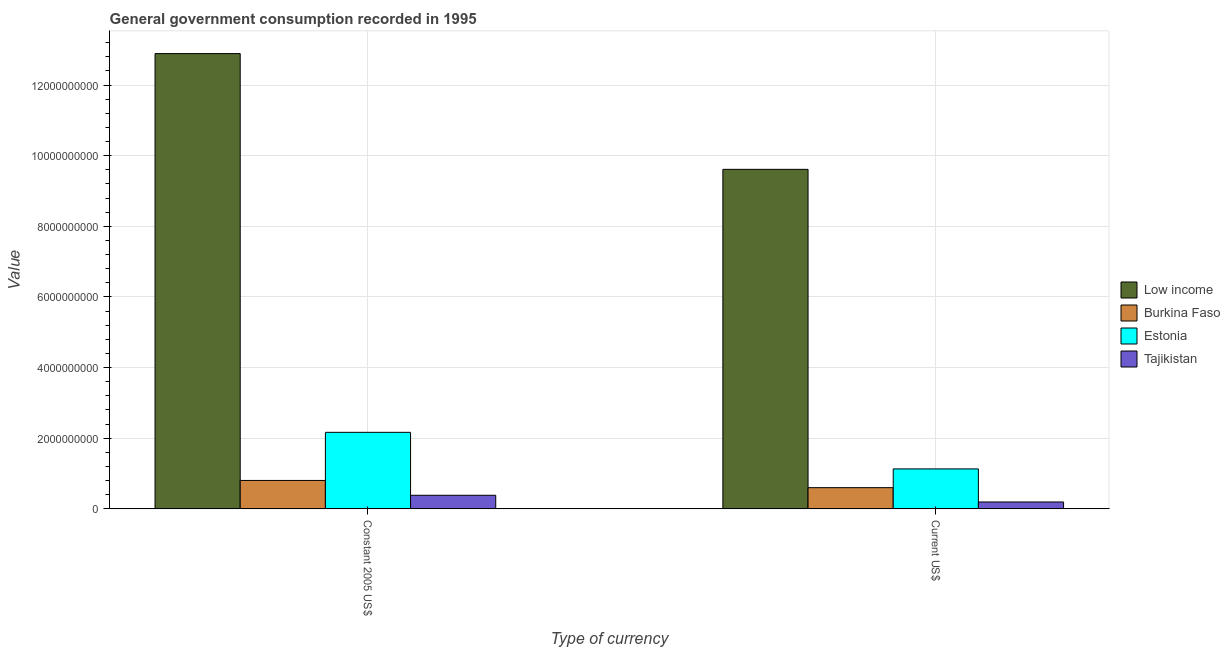
| Type of currency | Low income | Burkina Faso | Estonia | Tajikistan |
 | --- | --- | --- | --- | --- |
 | Constant 2005 US$ | 1.29e+10 | 8.04e+08 | 2.17e+09 | 3.84e+08 |
 | Current US$ | 9.61e+09 | 6e+08 | 1.13e+09 | 1.95e+08 |